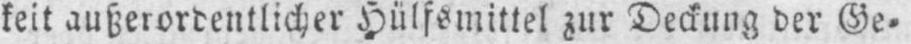
keit außerordentlicherHülfsmittel zur Deckung der Ge⸗